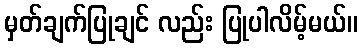
မှတ်ချက်ပြုချင် လည်း ပြုပါလိမ့်မယ်။